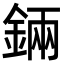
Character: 𨨄